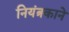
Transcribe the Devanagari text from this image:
नियंत्रकाने